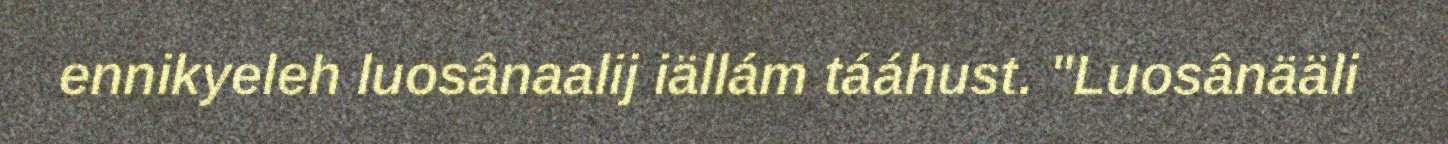
ennikyeleh luosânaalij iällám tááhust. "Luosânääli